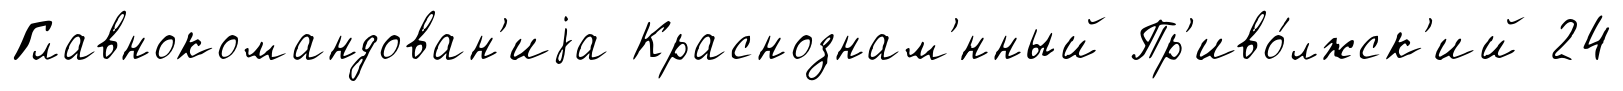
Главнокомандован'иjа Краснознам'́нный Пр'иво́лжск'ий 24